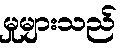
မှုများသည်